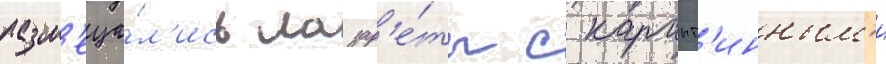
разм'еща́л'ись лазар'е́ты с карант'инным'и